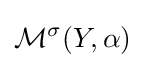
{\mathcal {M}}^{\sigma }(Y,\alpha )